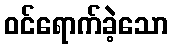
ဝင်ရောက်ခဲ့သော